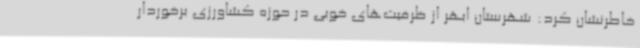
خاطرنشان کرد: شهرستان ابهر از ظرفیت‌های خوبی در حوزه کشاورزی برخوردار